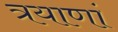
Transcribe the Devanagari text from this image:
त्रयाणां